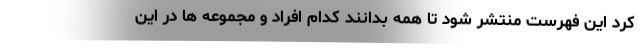
کرد این فهرست منتشر شود تا همه بدانند کدام افراد و مجموعه ها در این